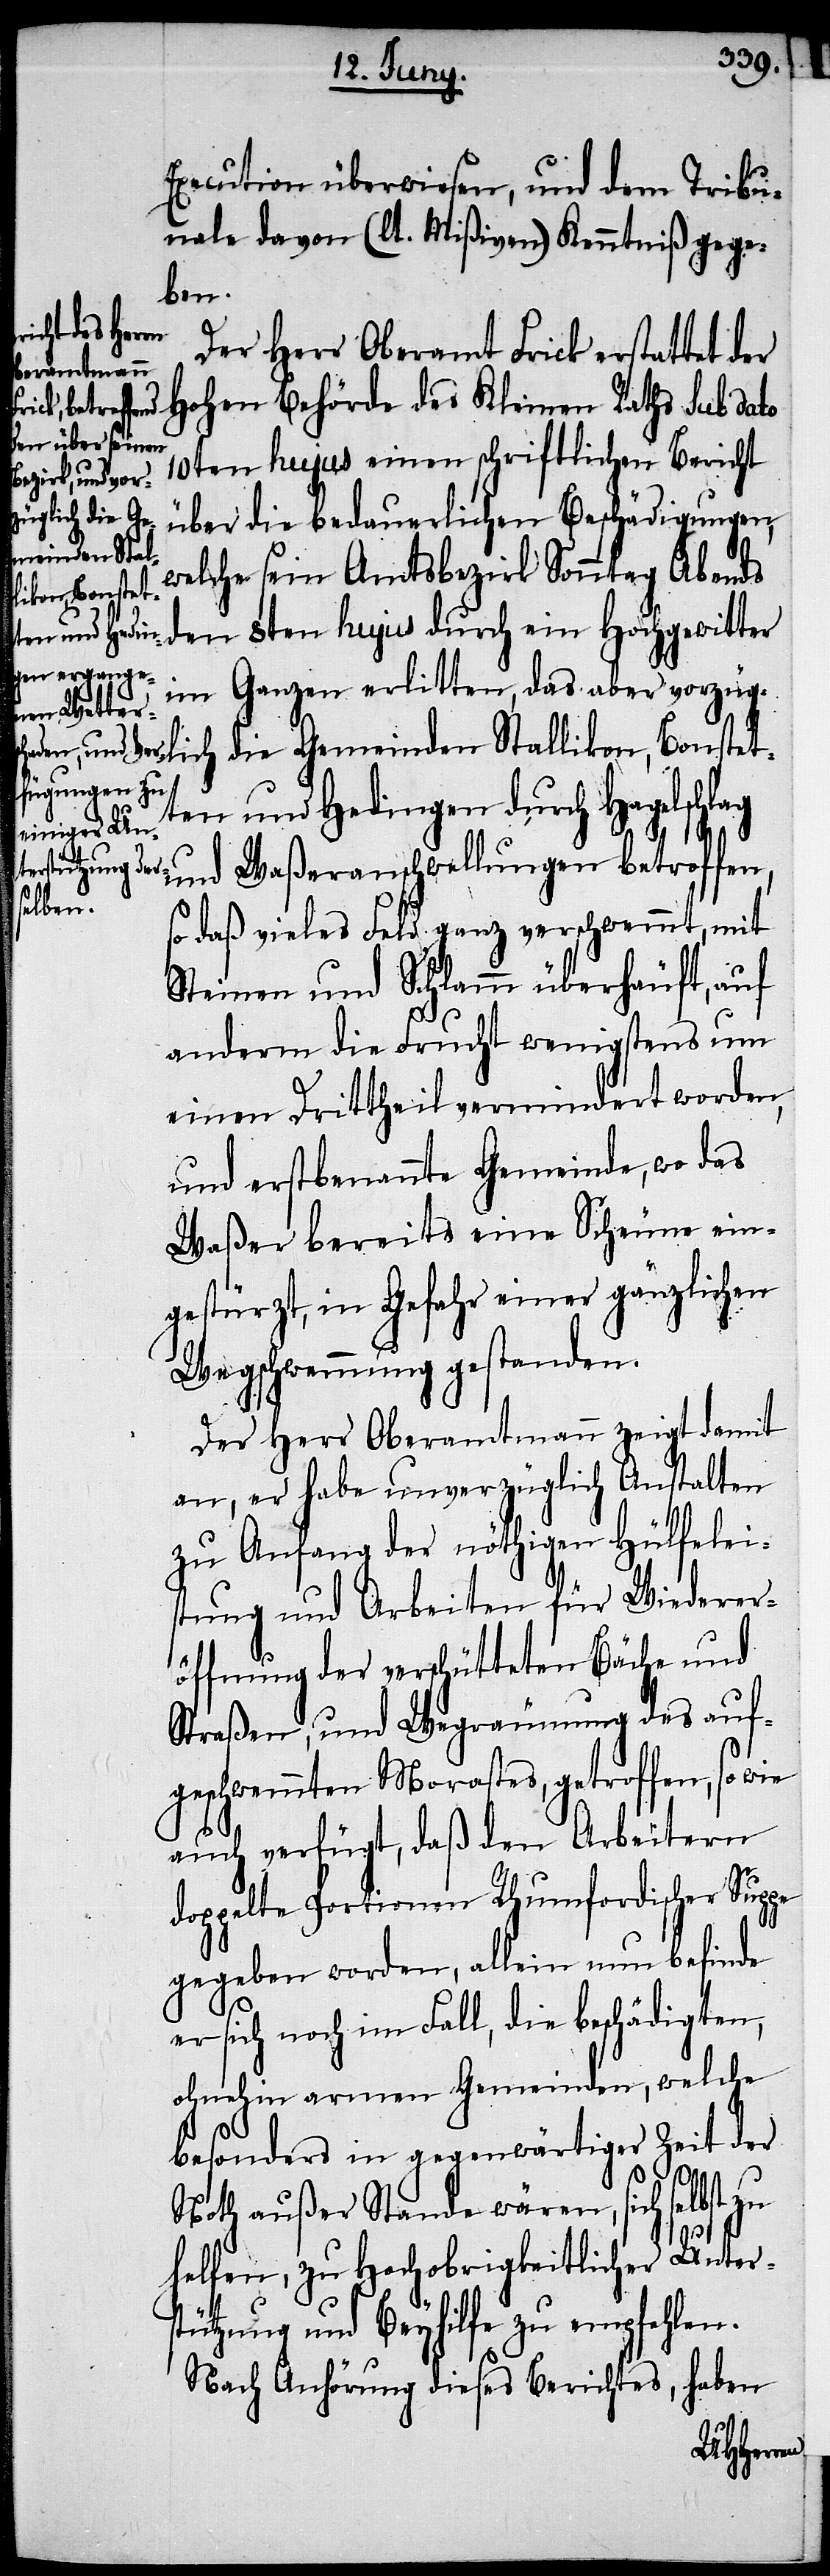
Execution überwiesen, und dem Tribu¬
nale davon (lt. Mißiven) Kenntniß gege¬
ben.
Oberamtmann
Hohen Behörde des Kleinen Raths sub dato
10ten hujus einen schriftlichen Bericht
glich die Ge¬
über die bedauerlichen Beschädigungen,
meinden Stal¬
welche sein Amtsbezirk Sonntag Abends
likon, Bonstet¬
den 8ten hujus durch ein Hochgewitter
im Ganzen erlitten, das aber vorzü¬
ten und Hedingen durch Hagelschlag
Waßeranschwellungen betroffen,
und
so daß vieles Feld ganz verschwemmt, mit
Steinen und Schlamm überhäuft, auf
anderm die Frucht wenigstens um
einen Drittheil vermindert worden,
und erstbenannte Gemeinde, wo das
Waßer bereits eine Scheune ein¬
gestürzt, in Gefahr einer gänzlichen
Wegschwemmung gestanden.
Der Herr Oberamtmann zeigt damit
an, er habe unverzüglich Anstalten
zu Anfang der nöthigen Hülfeleis¬
tung und Arbeiten für Wiederer¬
öffnung der verschütteten Bäche und
Straßen, und Wegräumung des auf¬
geschwemmten Morastes, getroffen, so wie
auch verfügt, daß den Arbeitern
doppelte Portionen Rhumfordischer Suppe
gegeben worden, allein nun befinde
er sich noch im Fall die beschädigten,
ohnehin armen Gemeinden, welche
besonders in gegenwärtiger Zeit der
Noth außer Stande wären, sich selbst zu
helfen, zu Hochobrigkeitlicher Unters¬
tützung und Beyhilfe zu empfehlen.
Nach Anhörung dieses Berichtes, haben
Der Herr